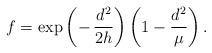
LaTeX: \begin{align*}f = \exp\left(-\,\frac{d^2}{2h}\right) \left(1 - \frac{d^2}{\mu}\right).\end{align*}